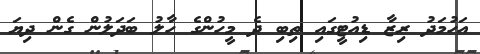
އަހުމަދު ރިޒާ ޑިއުޓީގައި ތިބި ދެ މީހުންގެ ހާލު ބަދަލުން ގެން ދިޔަ